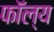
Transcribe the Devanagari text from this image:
फॉल्य